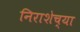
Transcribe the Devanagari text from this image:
निराशेच्या